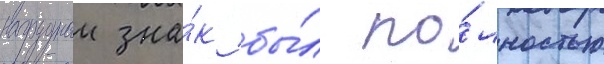
нагрудныи зна́к бы́л по́лностью